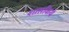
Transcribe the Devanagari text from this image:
शासकिये